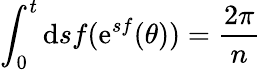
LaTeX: \int_{0}^{t}\mathrm{d}sf(\mathrm{e}^{sf}(\theta))=\frac{2\pi}{n}